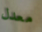
معدل